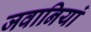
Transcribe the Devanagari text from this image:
जवानियां